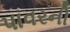
પાવરની